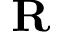
\mathbf { R }